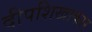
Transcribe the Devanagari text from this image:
दीपशिखाकार